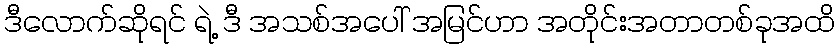
ဒီလောက်ဆိုရင် ရဲ့ ဒီ အသစ်အပေါ် အမြင်ဟာ အတိုင်းအတာတစ်ခုအထိ